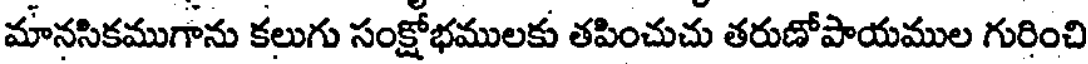
మానసికముగాను కలుగు సంక్షోభములకు తపించుచు తరుణోపాయముల గురించి